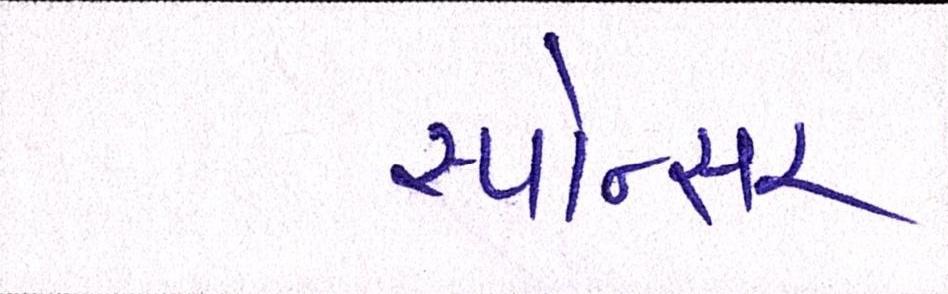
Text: સ્પોન્સર